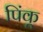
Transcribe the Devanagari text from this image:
पिंकू